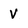
Character: V